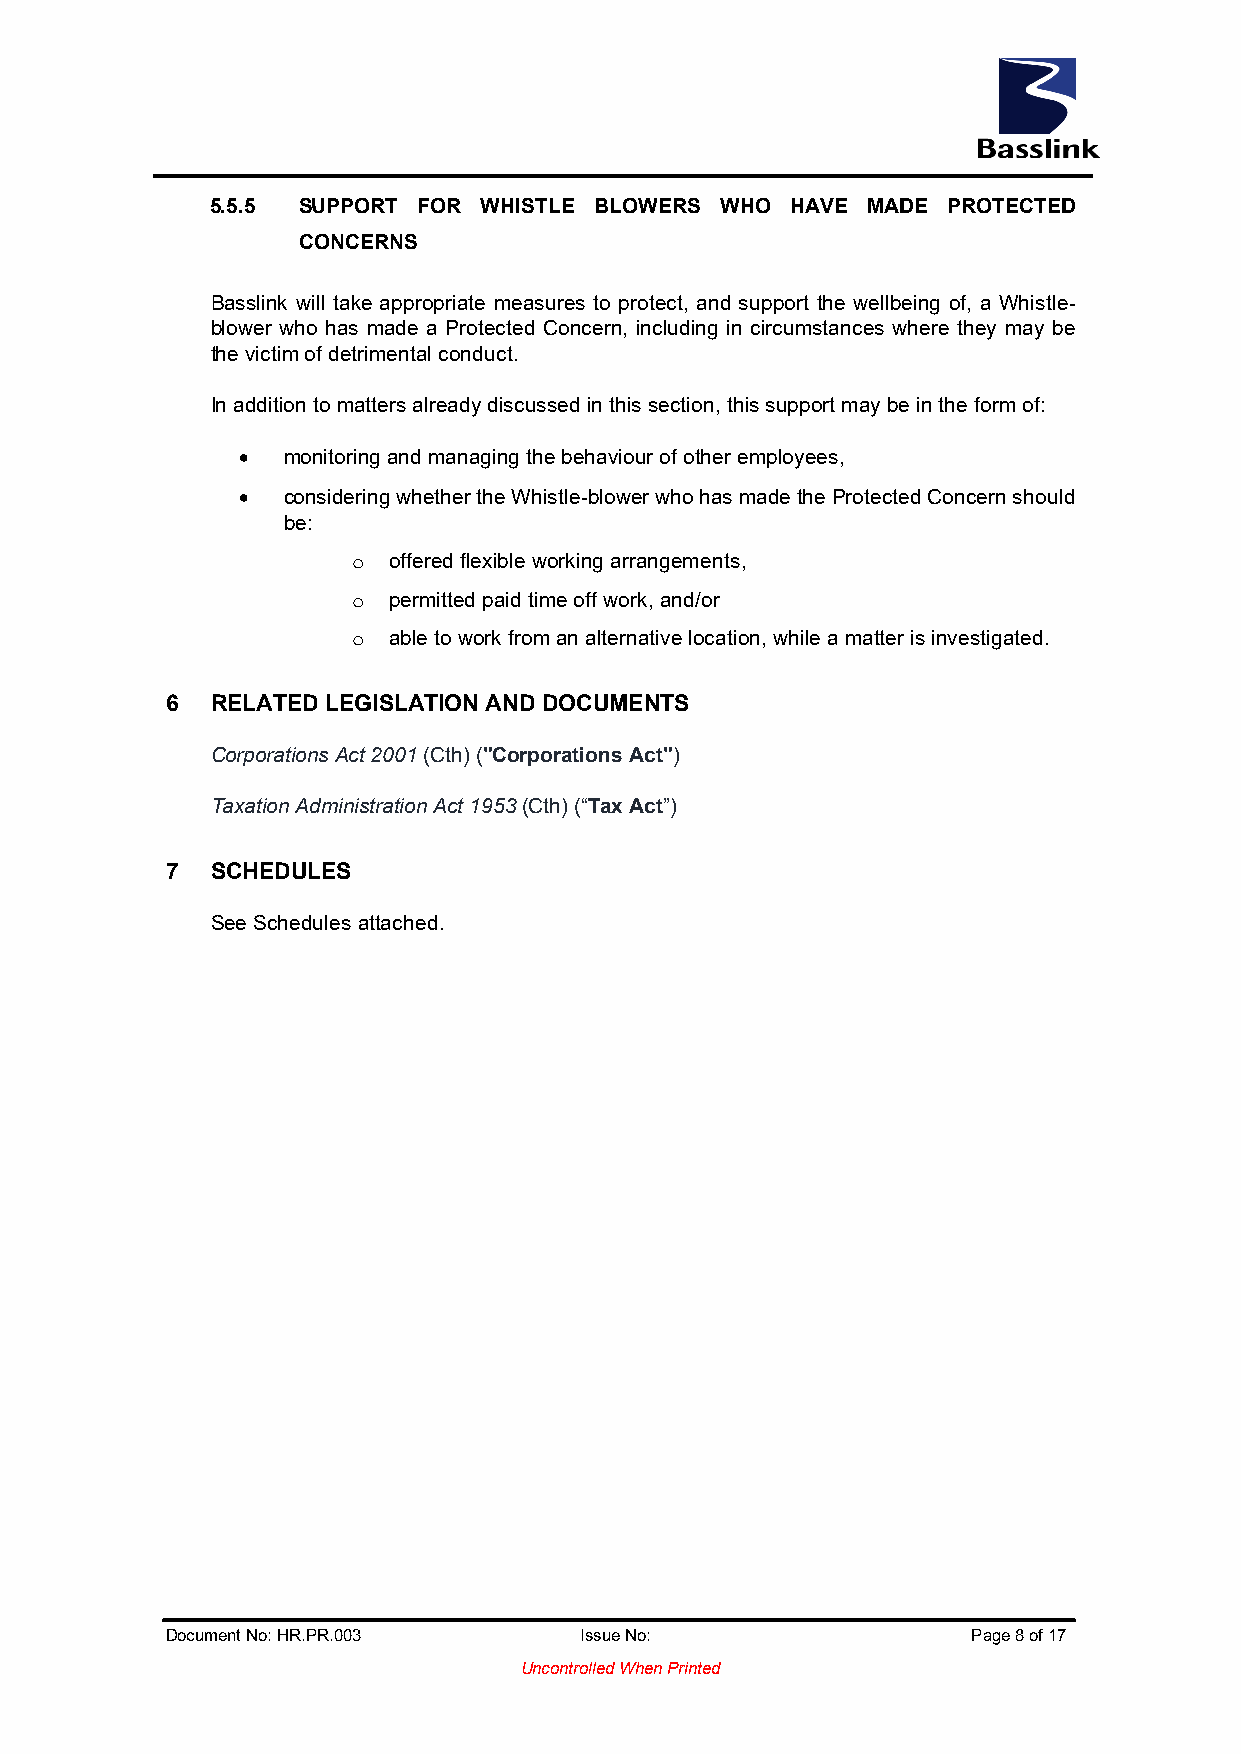
5.5.5 SUPPORT FOR WHISTLE BLOWERS WHO HAVE MADE  PROTECTED
 CONCERNS
 Basslink will take appropriate measures to protect, and support the wellbeing of, a Whistle-
 blower who has made a Protected Concern, including in circumstances where they may be
 the victim of detrimental conduct.
 In addition to matters already discussed in this section, this support may be in the form of:
 •  monitoring and managing the behaviour of other employees,
 •  considering whether the Whistle-blower who has made the Protected Concern should
 be:
 offered flexible working arrangements,
 o
 permitted paid time off work, and/or
 o
 able to work from an alternative location, while a matter is investigated.
 o
 6  RELATED LEGISLATION AND DOCUMENTS
 Corporations Act 2001 (Cth) ("Corporations Act")
 Taxation Administration Act 1953 (Cth) (“Tax Act”)
 7  SCHEDULES
 See Schedules attached.
 Document No: HR.PR.003     Issue No:                 Page 8 of 17
 Uncontrolled When Printed